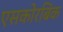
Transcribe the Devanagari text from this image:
एसकोरबिक